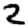
Digit: 2